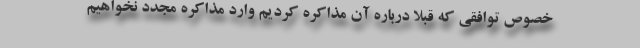
خصوص توافقی که قبلاً درباره آن مذاکره کردیم وارد مذاکره مجدد نخواهیم